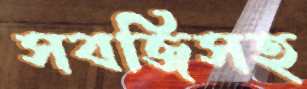
সবজিসহ